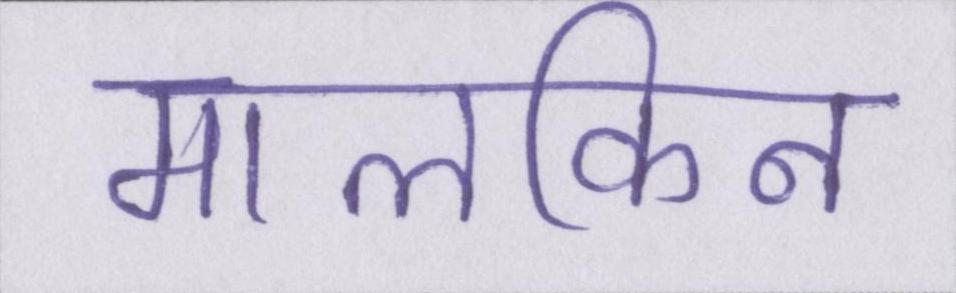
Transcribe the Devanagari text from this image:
मालकिन